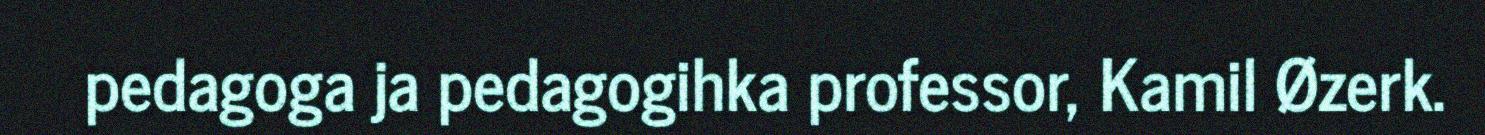
pedagoga ja pedagogihka professor, Kamil Øzerk.